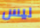
ليس